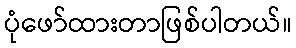
ပုံဖော်ထားတာဖြစ်ပါတယ်။